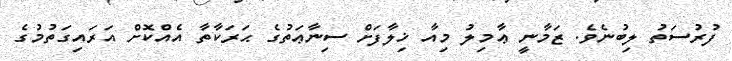
ފުރުސަތު ލިބުނެވެ. ޒަމާނީ ޢާމިލު މިއާ ޚިލާފަށް ސިނާޢަތުގެ ޙަރަކާތާ އެއްކޮށް އަރައިގަތުމުގެ